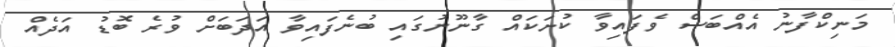
މަނިކްފާނު އެއްބަސް ވެފައިވާ ކުށަކައް ގާނޫނުގައި ބުނެފައިވާ އަދަބަށް ވުރެ ބޮޑު އަދެއް